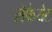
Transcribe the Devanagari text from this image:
लेफेयेट